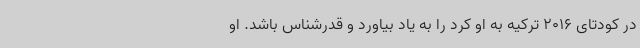
در کودتای 2016 ترکیه به او کرد را به یاد بیاورد و قدرشناس باشد. او